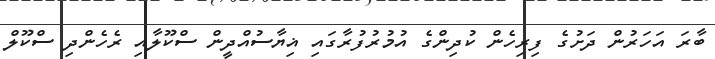
ބާރަ އަހަރުން ދަށުގެ ފިރިހެން ކުދިންގެ އުމުރުފުރާގައި ޣިޔާސުއްދީން ސްކޫލާއި ރެހެންދި ސްކޫލް